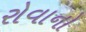
રોવાનો